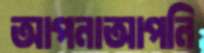
আপনাআপনি